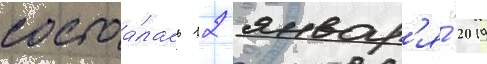
состоа́лась 12 январ'я́ 2019